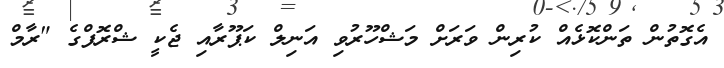
އެގޮތުން ތަންކޮޅެއް ކުރިން ވަރަށް މަޝްހޫރުވި އަނިލް ކަޕޫރާއި ޖެކީ ޝްރޮފްގެ "ރާމް